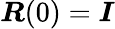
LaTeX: \boldsymbol{R}(0)=\boldsymbol{I}